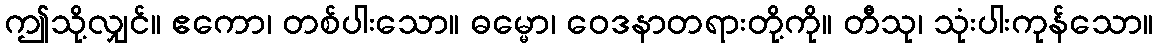
ဤသို့လျှင်။ ဧကော၊ တစ်ပါးသော။ ဓမ္မော၊ ဝေဒနာတရားတို့ကို။ တီသု၊ သုံးပါးကုန်သော။